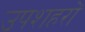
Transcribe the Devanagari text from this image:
उपशहरों